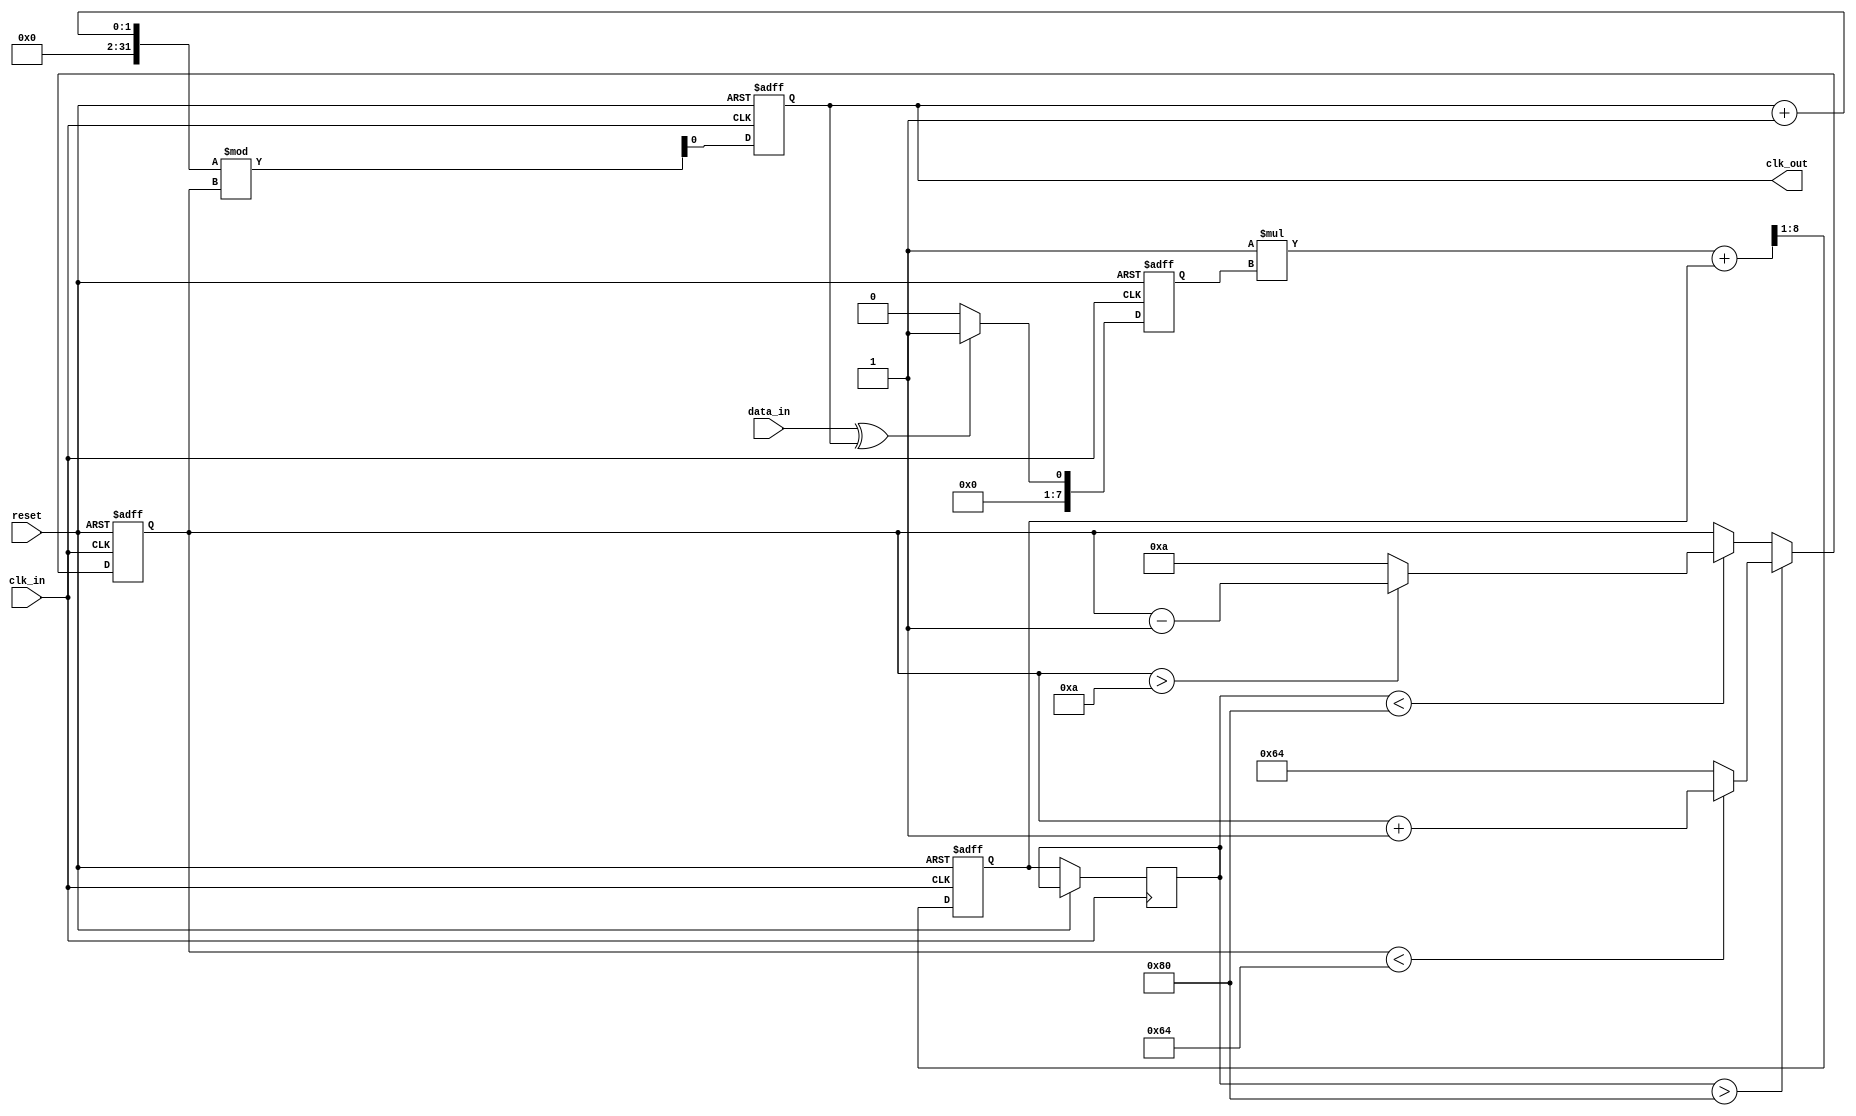
module clock_recovery_PLL (
    input wire clk_in,          // Incoming data clock
    input wire data_in,         // Incoming data signal
    input wire reset,           // Asynchronous reset
    output reg clk_out          // Recovered clock output
);

// Parameters
parameter VCO_MAX_FREQ = 100; // Maximum frequency of VCO
parameter VCO_MIN_FREQ = 10;   // Minimum frequency of VCO
parameter LOOP_FILTER_GAIN = 1; // Gain for loop filter

// Internal signals
reg [7:0] phase_error;         // Phase error signal from PD
reg [7:0] control_voltage;      // Control voltage for VCO
reg [7:0] vco_freq;            // Frequency of VCO
reg [7:0] loop_filter_output;   // Output from loop filter
reg [7:0] delay_line [0:3];    // Memory blocks for delayed data sampling
integer i;

// Phase Detector (PD)
always @(posedge clk_in or posedge reset) begin
    if (reset) begin
        phase_error <= 0;
    end else begin
        // Simple phase detector logic
        // Assuming a simple XOR for phase comparison
        phase_error <= (data_in ^ clk_out) ? 1 : 0;
    end
end

// Loop Filter (LF)
always @(posedge clk_in or posedge reset) begin
    if (reset) begin
        loop_filter_output <= 0;
    end else begin
        // Simple low-pass filter for control voltage
        loop_filter_output <= (LOOP_FILTER_GAIN * phase_error) + loop_filter_output >> 1;
        control_voltage <= loop_filter_output;
    end
end

// Voltage-Controlled Oscillator (VCO)
always @(posedge clk_in or posedge reset) begin
    if (reset) begin
        vco_freq <= VCO_MIN_FREQ;
        clk_out <= 0;
    end else begin
        // Adjust VCO frequency based on control voltage
        if (control_voltage > 128) begin
            vco_freq <= (vco_freq < VCO_MAX_FREQ) ? vco_freq + 1 : VCO_MAX_FREQ;
        end else if (control_voltage < 128) begin
            vco_freq <= (vco_freq > VCO_MIN_FREQ) ? vco_freq - 1 : VCO_MIN_FREQ;
        end
        
        // Generate output clock based on VCO frequency
        clk_out <= (clk_out + 1) % vco_freq;
    end
end

// Memory Blocks (Delay Line)
always @(posedge clk_in or posedge reset) begin
    if (reset) begin
        for (i = 0; i < 4; i = i + 1) begin
            delay_line[i] <= 0;
        end
    end else begin
        // Shift data through memory blocks
        delay_line[0] <= data_in;
        for (i = 1; i < 4; i = i + 1) begin
            delay_line[i] <= delay_line[i - 1];
        end
    end
end

endmodule